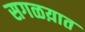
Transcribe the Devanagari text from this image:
सगळय़ात